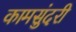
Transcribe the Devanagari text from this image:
कामसुंदरी